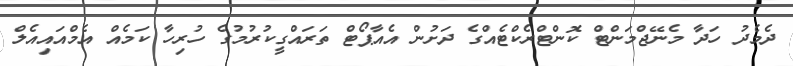
ދެމެދު ހަދާ މެނޭޖްމަންޓް ކޮންޓްރެކްޓެއްގެ ދަށުން އެއާޕޯޓް ތަރައްގީކުރުމުގެ ހުރިހާ ކަމެއް އެމްއައިއެލް